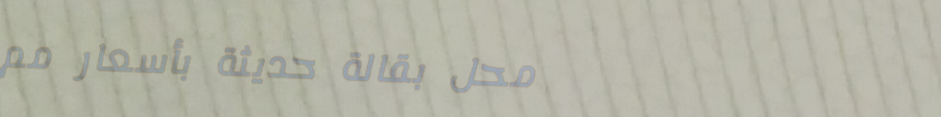
محل بقالة حديثة بأسعار مم